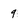
Character: 9